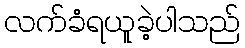
လက်ခံရယူခဲ့ပါသည်